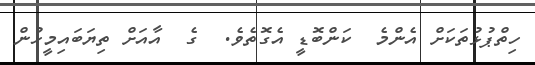
ހިތްޕުޅުތަކަށް އެންމެ  ކަންބޮޑީ އެގޮތެވެ.  ގެ  އާއަށް ތިޔަބައިމީހުން